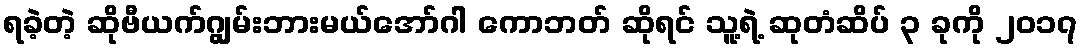
ရခဲ့တဲ့ ဆိုဗီယက်ဂျွမ်းဘားမယ်အော်ဂါ ကောဘတ် ဆိုရင် သူ့ရဲ့ ဆုတံဆိပ် ၃ ခုကို ၂၀၁၇